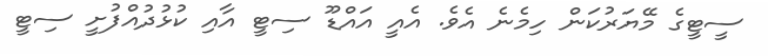
ސީޓީގެ މޭޔަރުކަން ހިމެނެ އެވެ. އެއީ އައްޑޫ ސިޓީ އާއި ކުޅުދުއްފުށީ ސިޓީ